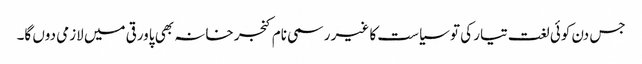
جس دن کوئی لغت تیار کی تو سیاست کا غیر رسمی نام کنجر خانہ بھی پاورقی میں لازمی دوں گا۔